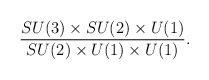
\begin{align*}{SU(3)\times SU(2)\times U(1)\over SU(2)\times U(1) \times U(1)}.\end{align*}